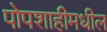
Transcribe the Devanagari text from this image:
पोपशाहीमधील